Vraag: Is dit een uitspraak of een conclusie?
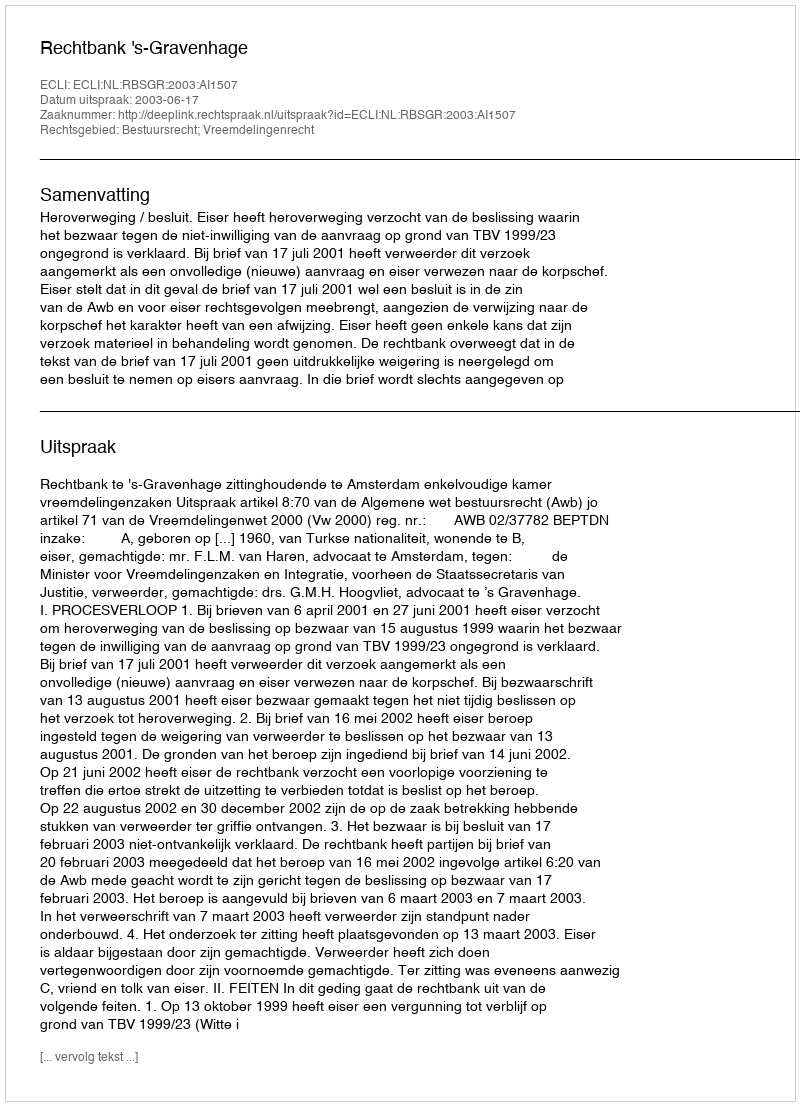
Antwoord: Uitspraak